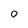
Character: 0